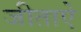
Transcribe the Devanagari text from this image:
जीताऐ